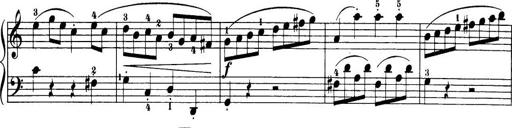
Title: 32 Sonatinas and Rondos for the Piano
Composer: Richard Kleinmichel